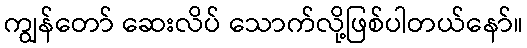
ကျွန်တော် ဆေးလိပ် သောက်လို့ဖြစ်ပါတယ်နော်။